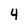
Character: 4